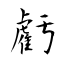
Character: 虧